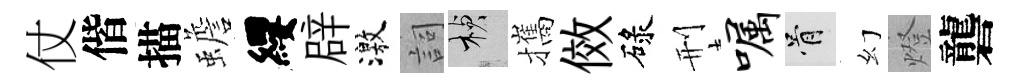
仗偕描蟾纓辟激詞楨攜傚碌刑嘱骨幻燈礱